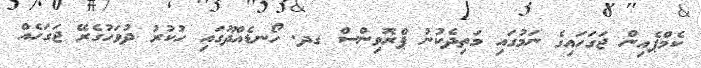
ކެމްޕެއިން ޖަގަހައިގެ ނަމުގައި މަތިދެކުނު ޕްރޮވިންސް ގދ. ހޯނޑެއްދޫގައި ހުކުރު ދުވަހުގެރޭ ޖަގަހެއް